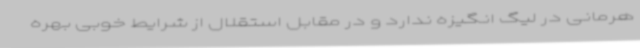
هرمانی در لیگ انگیزه ندارد و در مقابل استقلال از شرایط خوبی بهره